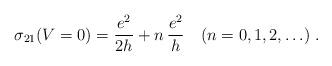
LaTeX: \begin{align*}\sigma_{21}(V=0) = \frac{e^2}{2h} + n \,\frac{e^2}{h} \quad (n=0,1,2,\ldots) \; .\end{align*}